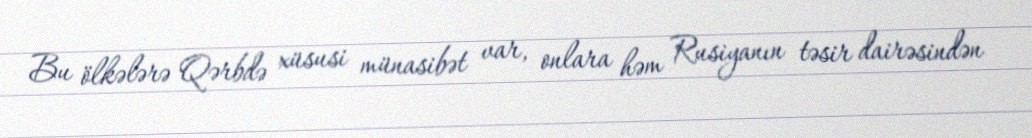
Bu ölkələrə Qərbdə xüsusi münasibət var, onlara həm Rusiyanın təsir dairəsindən